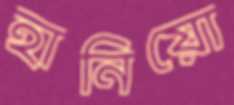
হানিয়ো